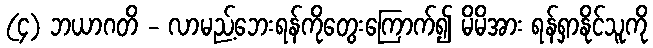
(၄) ဘယာဂတိ - လာမည့်ဘေးရန်ကိုတွေးကြောက်၍ မိမိအား ရန်ရှာနိုင်သူကို